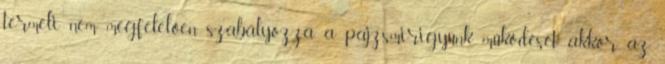
termeli nem megfelelően szabályozza a pajzsmirigyünk működését akkor az